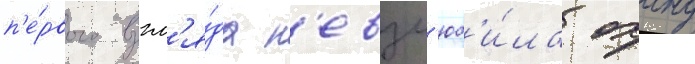
п'е́рвого взгл'я́да н'евзл'юб'и́ла охану